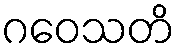
ဂဝေသတိ